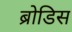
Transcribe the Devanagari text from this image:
ब्रोडिस